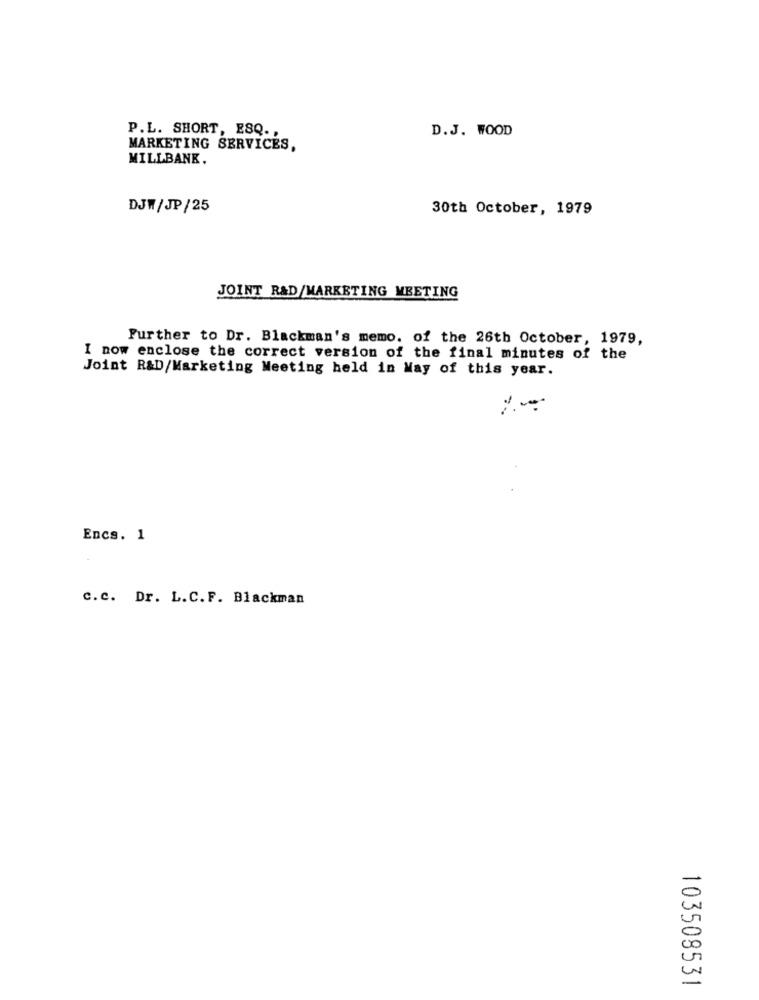
P.L. SHORT, ESQ .,
D.J. WOOD
MARKETING SERVICES,
MILLBANK.
DJW/JP/25
30th October, 1979
JOINT R&D/MARKETING MEETING
Further to Dr. Blackman's memo. of the 26th October, 1979,
I now enclose the correct version of the final minutes of the
Joint R&D/Marketing Meeting held in May of this year.
Encs. 1
c.c. Dr. L.C.F. Blackman
103508531